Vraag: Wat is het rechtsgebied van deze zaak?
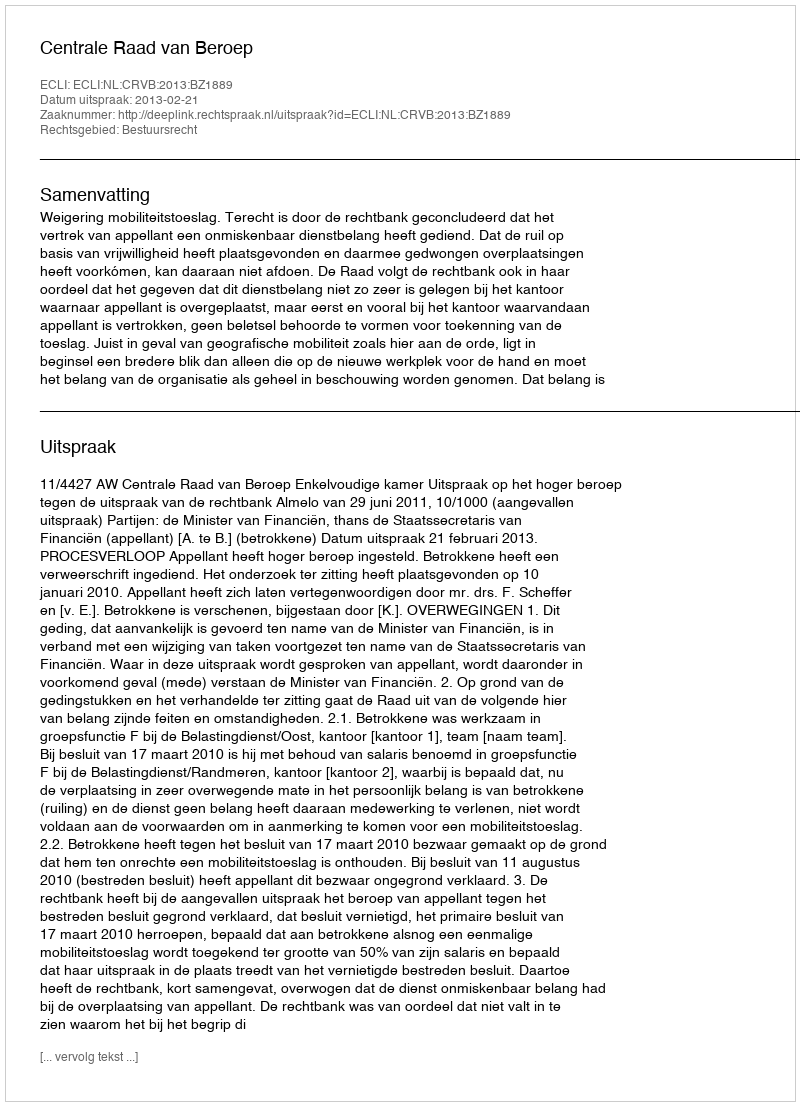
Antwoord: Bestuursrecht